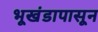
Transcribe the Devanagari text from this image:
भूखंडापासून